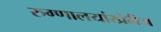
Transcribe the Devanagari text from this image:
रुग्णालयांखेरीज